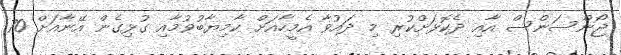
ޖޯންސަންސް އާއި ދެކޮޅަށްކުރި މި ދައުވާ އެމީހާއަށް ކާމިޔާބުވުމާއި ގުޅިގެން އޭނާއަށް 70